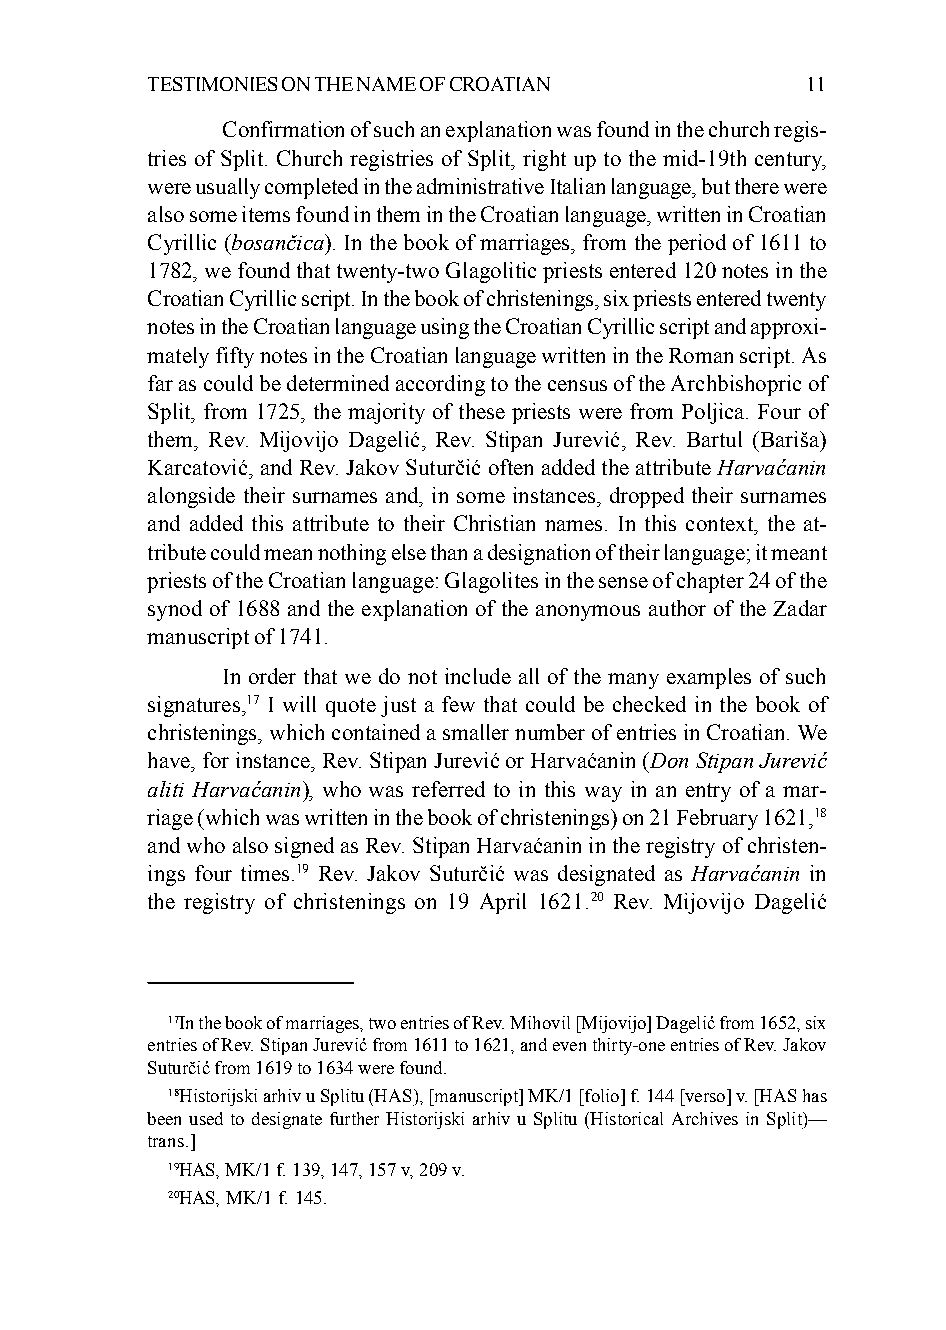
TESTIMONIES ON THE NAME OF CROATIAN        11
 Confirmation of such an explanation was found in the church regis-
 tries of Split. Church registries of Split, right up to the mid-19th century,
 were usually completed in the administrative Italian language, but there were
 also some items found in them in the Croatian language, written in Croatian
 Cyrillic (bosančica). In the book of marriages, from the period of 1611 to
 1782, we found that twenty-two Glagolitic priests entered 120 notes in the
 Croatian Cyrillic script. In the book of christenings, six priests entered twenty
 notes in the Croatian language using the Croatian Cyrillic script and approxi-
 mately fifty notes in the Croatian language written in the Roman script. As
 far as could be determined according to the census of the Archbishopric of
 Split, from 1725, the majority of these priests were from Poljica. Four of
 them, Rev. Mijovijo Dagelić, Rev. Stipan Jurević, Rev. Bartul (Bariša)
 Karcatović, and Rev. Jakov Suturčić often added the attribute Harvaćanin
 alongside their surnames and, in some instances, dropped their surnames
 and added this attribute to their Christian names. In this context, the at-
 tribute could mean nothing else than a designation of their language; it meant
 priests of the Croatian language: Glagolites in the sense of chapter 24 of the
 synod of 1688 and the explanation of the anonymous author of the Zadar
 manuscript of 1741.
 In order that we do not include all of the many examples of such
 signatures,17 I will quote just a few that could be checked in the book of
 christenings, which contained a smaller number of entries in Croatian. We
 have, for instance, Rev. Stipan Jurević or Harvaćanin (Don Stipan Jurević
 aliti Harvaćanin), who was referred to in this way in an entry of a mar-
 riage (which was written in the book of christenings) on 21 February 1621,18
 and who also signed as Rev. Stipan Harvaćanin in the registry of christen-
 ings four times.19 Rev. Jakov Suturčić was designated as Harvaćanin in
 the registry of christenings on 19 April 1621.20 Rev. Mijovijo Dagelić
 17In the book of marriages, two entries of Rev. Mihovil [Mijovijo] Dagelić from 1652, six
 entries of Rev. Stipan Jurević from 1611 to 1621, and even thirty-one entries of Rev. Jakov
 Suturčić from 1619 to 1634 were found.
 18Historijski arhiv u Splitu (HAS), [manuscript] MK/1 [folio] f. 144 [verso] v. [HAS has
 been used to designate further Historijski arhiv u Splitu (Historical Archives in Split)—
 trans.]
 19HAS, MK/1 f. 139, 147, 157 v, 209 v.
 20HAS, MK/1 f. 145.